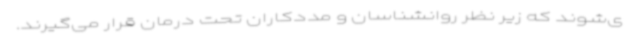
ی‌شوند که زیر نظر روانشناسان و مددکاران تحت درمان قرار می‌گیرند.